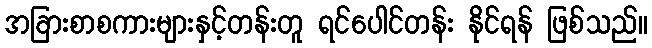
အခြားစာစကားများနှင့်တန်းတူ ရင်ပေါင်တန်း နိုင်ရန် ဖြစ်သည်။